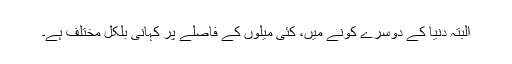
البتہ دنیا کے دوسرے کونے میں، کئی میلوں کے فاصلے پر کہانی بلکل مختلف ہے۔